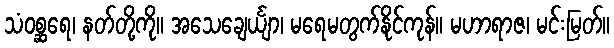
သံဝစ္ဆရေ၊ နတ်တို့ကို။ အသေချေင်္ယျာ၊ မရေမတွက်နိုင်ကုန်။ မဟာရာဇ၊ မင်းမြတ်။